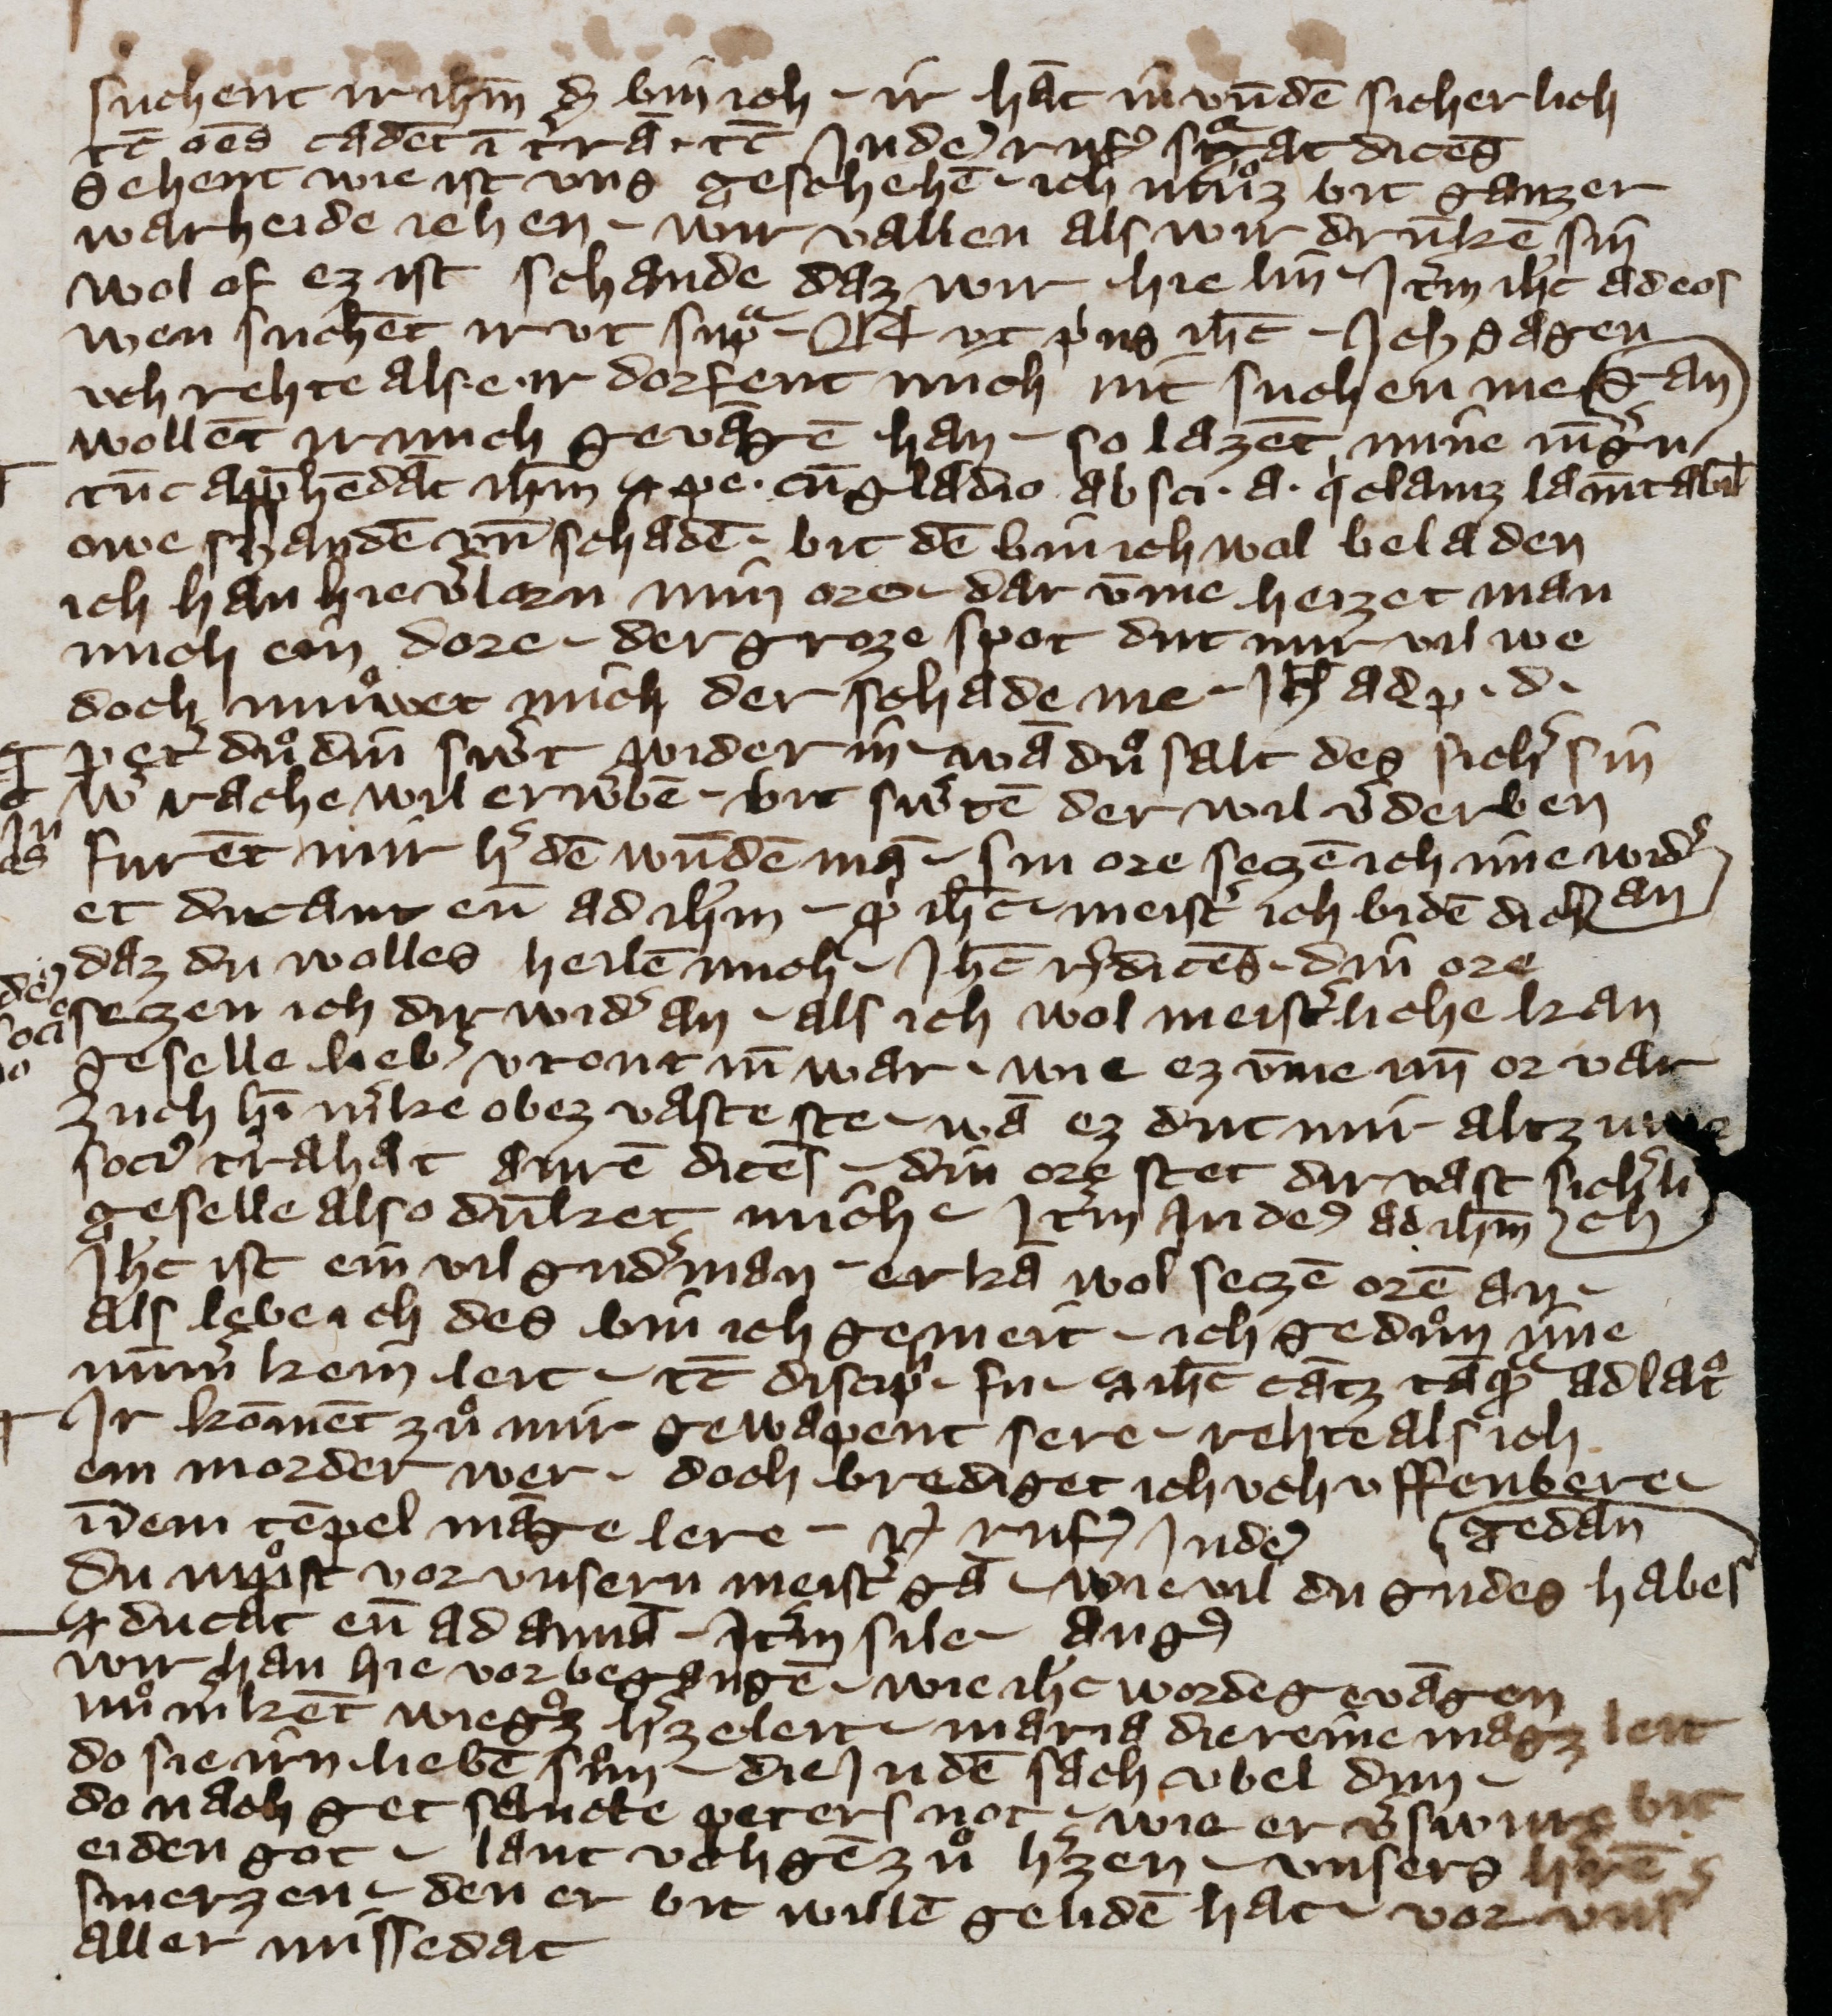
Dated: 1300–1499